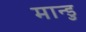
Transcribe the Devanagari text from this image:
मान्डु